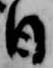
日